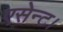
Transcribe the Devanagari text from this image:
एसेन्ट।